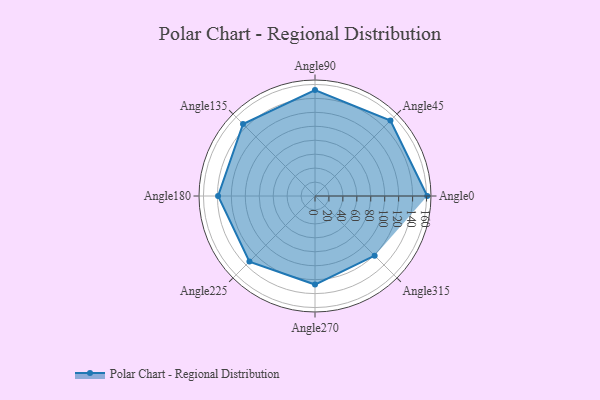
{"axis": {"x": "Angle", "y": "Radius"}, "legend": [""], "data": [{"x": "Angle0", "y": 161.0, "type": ""}, {"x": "Angle45", "y": 153.0, "type": ""}, {"x": "Angle90", "y": 152.0, "type": ""}, {"x": "Angle135", "y": 146.0, "type": ""}, {"x": "Angle180", "y": 139.0, "type": ""}, {"x": "Angle225", "y": 133.0, "type": ""}, {"x": "Angle270", "y": 127.0, "type": ""}, {"x": "Angle315", "y": 121.0, "type": ""}]}